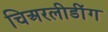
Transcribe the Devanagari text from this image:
चिअरलीडींग